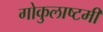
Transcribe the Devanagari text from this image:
गोकुलाष्टमी